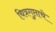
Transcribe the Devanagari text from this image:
चित्रगुप्ताचे